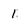
Character: 1